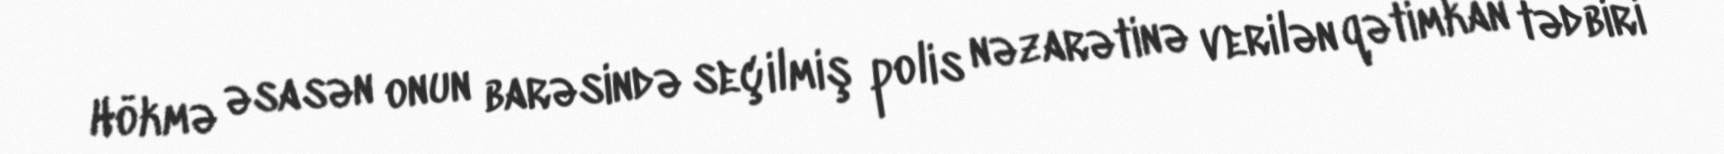
Hökmə əsasən onun barəsində seçilmiş polis nəzarətinə verilən qətimkan tədbiri